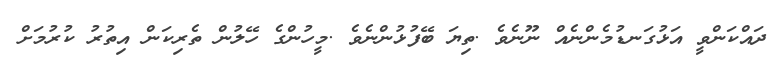
ދައްކަންވީ އަޅުގަނޑުމެންނެއް ނޫނެވެ .ތިޔަ ބޭފުޅުންނެވެ .މީހުންގެ ހޭލުން ތެރިކަން އިތުރު ކުރުމަށް